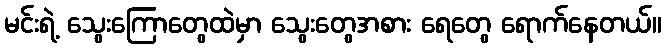
မင်းရဲ့ သွေးကြောတွေထဲမှာ သွေးတွေအစား ရေတွေ ရောက်နေတယ်။